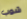
شوب